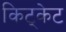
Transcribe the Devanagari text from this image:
किट्केट